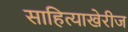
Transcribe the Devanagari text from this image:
साहित्याखेरीज